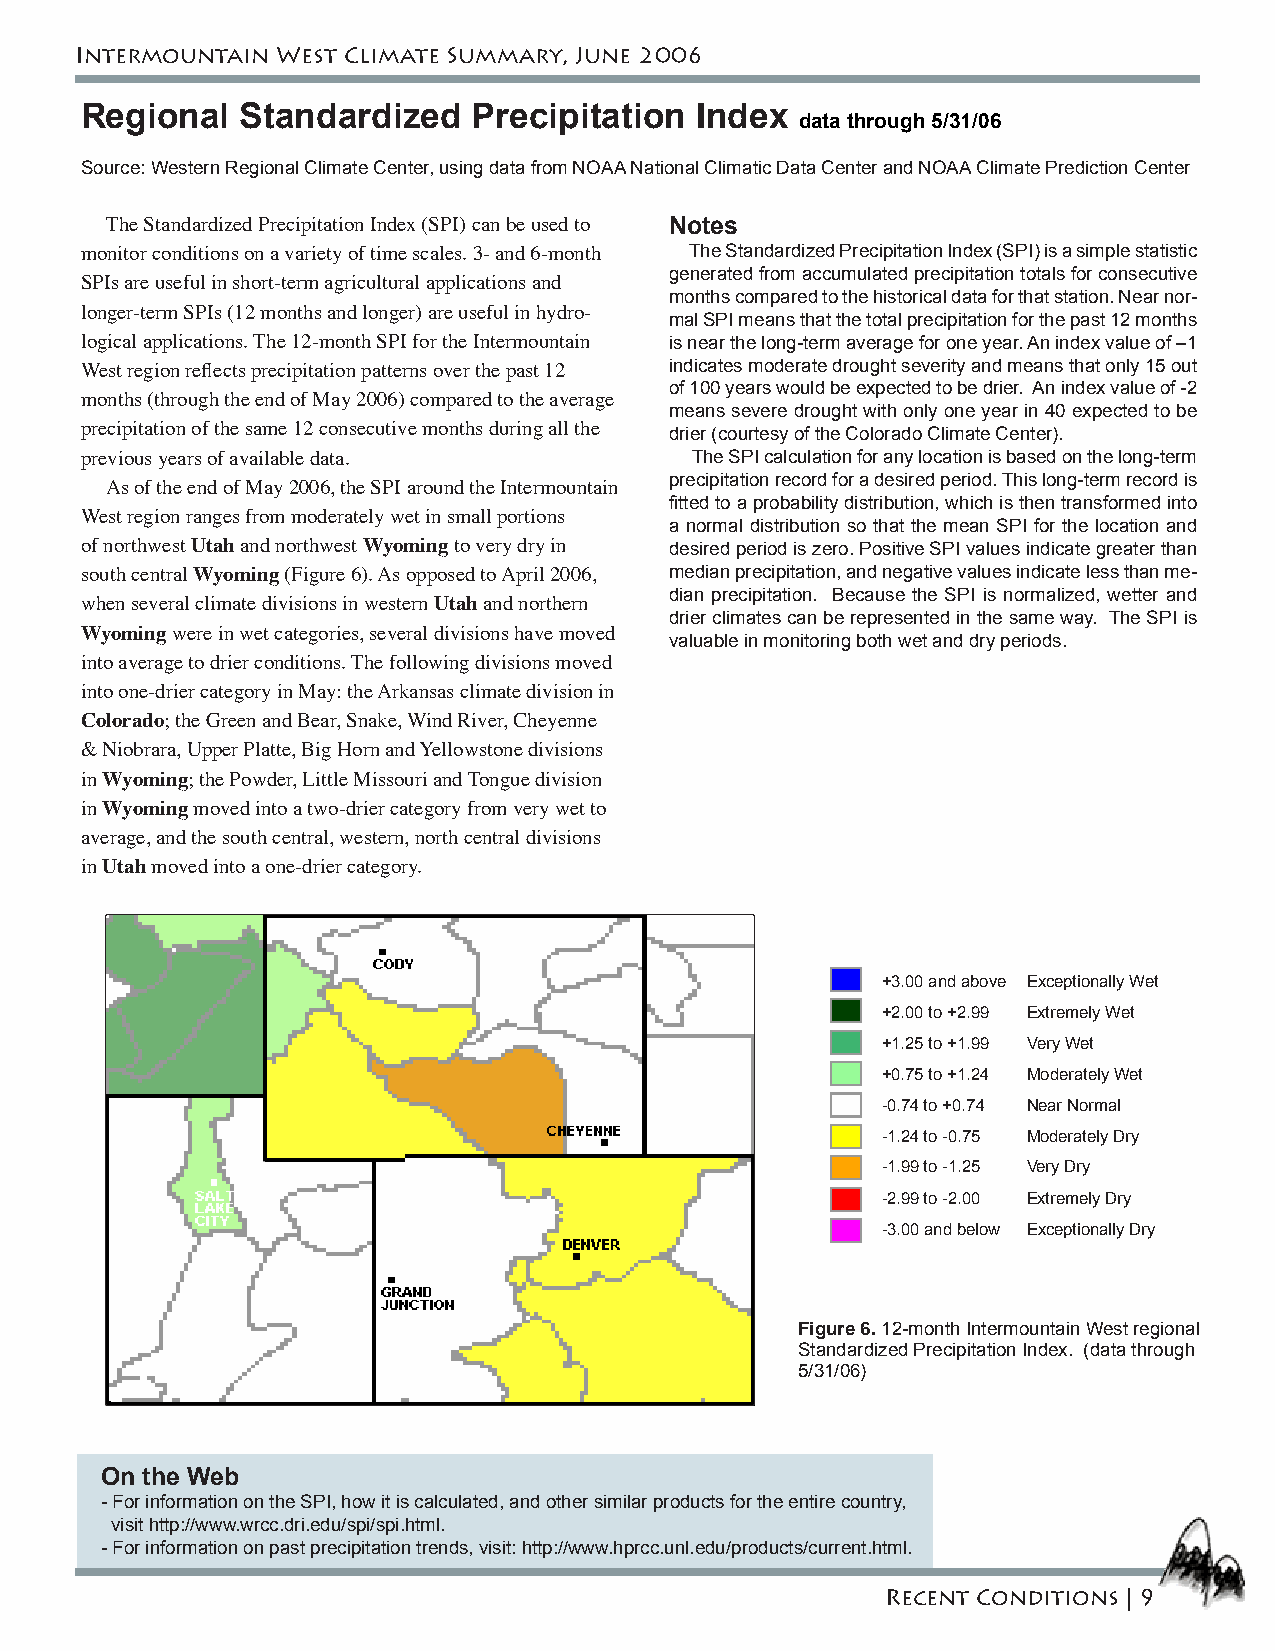
Intermountain West Climate Summary, June 2006
 Regional   Standardized   Precipitation  Index
 data through 5/31/06
 Source: Western Regional Climate Center, using data from NOAA National Climatic Data Center and NOAA Climate Prediction Center
 The Standardized Precipitation Index (SPI) can be used to Notes
 monitor conditions on a variety of time scales. 3- and 6-month The Standardized Precipitation Index (SPI) is a simple statistic
 generated from accumulated precipitation totals for consecutive
 SPIs are useful in short-term agricultural applications and
 months compared to the historical data for that station. Near nor-
 longer-term SPIs (12 months and longer) are useful in hydro- mal SPI means that the total precipitation for the past 12 months
 logical applications. The 12-month SPI for the Intermountain is near the long-term average for one year. An index value of –1
 indicates moderate drought severity and means that only 15 out
 West region reflects precipitation patterns over the past 12
 of 100 years would be expected to be drier. An index value of -2
 months (through the end of May 2006) compared to the average
 means severe drought with only one year in 40 expected to be
 precipitation of the same 12 consecutive months during all the drier (courtesy of the Colorado Climate Center).
 previous years of available data.        The SPI calculation for any location is based on the long-term
 precipitation record for a desired period. This long-term record is
 As of the end of May 2006, the SPI around the Intermountain
 fitted to a probability distribution, which is then transformed into
 West region ranges from moderately wet in small portions
 a normal distribution so that the mean SPI for the location and
 of northwest Utah and northwest Wyoming to very dry in desired period is zero. Positive SPI values indicate greater than
 south central Wyoming (Figure 6). As opposed to April 2006, median precipitation, and negative values indicate less than me-
 dian precipitation. Because the SPI is normalized, wetter and
 when several climate divisions in western Utah and northern
 drier climates can be represented in the same way. The SPI is
 Wyoming were in wet categories, several divisions have moved valuable in monitoring both wet and dry periods.
 into average to drier conditions. The following divisions moved
 into one-drier category in May: the Arkansas climate division in
 Colorado; the Green and Bear, Snake, Wind River, Cheyenne
 & Niobrara, Upper Platte, Big Horn and Yellowstone divisions
 in Wyoming; the Powder, Little Missouri and Tongue division
 in Wyoming moved into a two-drier category from very wet to
 average, and the south central, western, north central divisions
 in Utah moved into a one-drier category.
 +3.00 and above Exceptionally Wet
 +2.00 to +2.99 Extremely Wet
 +1.25 to +1.99 Very Wet
 +0.75 to +1.24 Moderately Wet
 -0.74 to +0.74 Near Normal
 -1.24 to -0.75 Moderately Dry
 -1.99 to -1.25 Very Dry
 -2.99 to -2.00 Extremely Dry
 -3.00 and below Exceptionally Dry
 Figure 6. 12-month Intermountain West regional
 Standardized Precipitation Index. (data through
 5/31/06)
 On the Web
 - For information on the SPI, how it is calculated, and other similar products for the entire country,
 visit http://www.wrcc.dri.edu/spi/spi.html.
 - For information on past precipitation trends, visit: http://www.hprcc.unl.edu/products/current.html.
 Recent Conditions | 